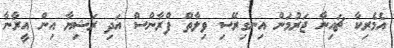
އެމެރިކާ ޗައިނާ ޖަރުމަން އިނގިރޭސި ވިލާތް ފްރާންސް އަދި ރަޝިޔާ އިން އީރާނާ